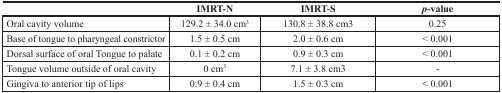
|  | IMRT-N | IMRT-S | p-value |
 | --- | --- | --- | --- |
 | Oral cavity volume | 129.2 ± 34.0 cm3 | 130.8 ± 38.8 cm3 | 0.25 |
 | Base of tongue to pharyngeal constrictor | 1.5 ± 0.5 cm | 2.0 ± 0.6 cm | < 0.001 |
 | Dorsal surface of oral Tongue to palate | 0.1 ± 0.2 cm | 0.9 ± 0.3 cm | < 0.001 |
 | Tongue volume outside of oral cavity | 0 cm3 | 7.1 ± 3.8 cm3 | - |
 | Gingiva to anterior tip of lips | 0.9 ± 0.4 cm | 1.5 ± 0.3 cm | < 0.001 |